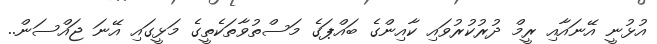
އުޅުނީ އޭނައާއި ރީމް ދުރުކުރުވައި ކާއިންގެ ބައްޕަގެ މަސްތުވާތަކެތީގެ މަޅީގައި އޭނަ ޖައްސަން..